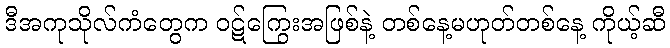
ဒီအကုသိုလ်ကံတွေက ဝဋ်ကြွေးအဖြစ်နဲ့ တစ်နေ့မဟုတ်တစ်နေ့ ကိုယ့်ဆီ